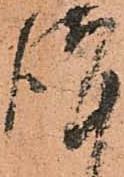
謹